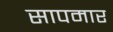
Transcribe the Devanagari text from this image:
सापमार